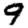
Digit: 9